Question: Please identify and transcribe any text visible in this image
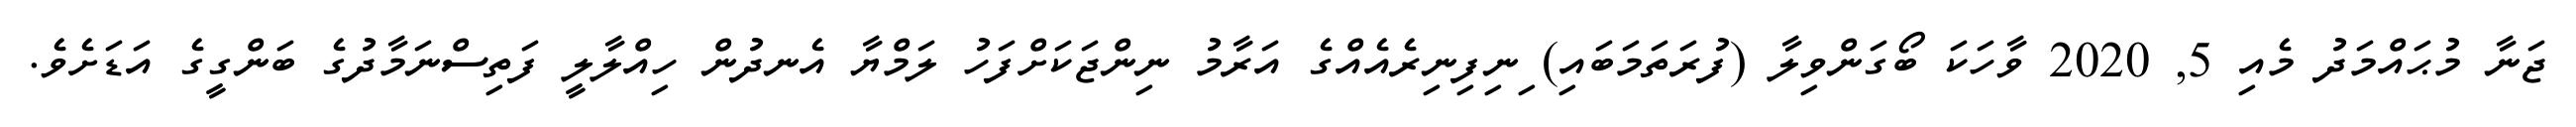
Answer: ޖަނާ މުޙައްމަދު މެއި 5, 2020 ވާހަކަ ބޯގަންވިލާ (ފުރަތަމަބައި) ިނިފިނިރެއެއްގެ އަރާމު ނިންޖަކަށްފަހު ލަމްޔާ އެނދުން ހިއްލާލީ ފަތިސްނަމާދުގެ ބަންގީގެ އަޑަށެވެ.